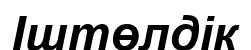
Іштөлдік